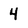
Character: 4